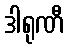
ဒါရုဏီ